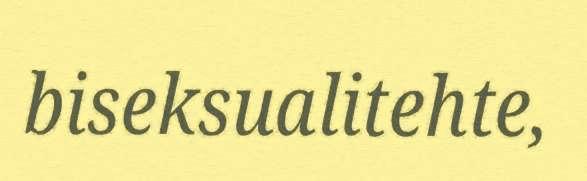
biseksualitehte,